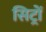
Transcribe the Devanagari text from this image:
सिट्रों